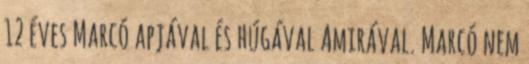
12 éves Marcó apjával és húgával Amirával. Marcó nem